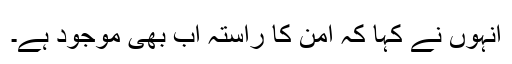
انہوں نے کہا کہ امن کا راستہ اب بھی موجود ہے۔